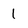
Character: 1